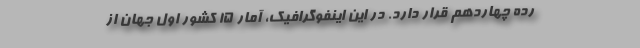
رده چهاردهم قرار دارد. در این اینفوگرافیک، آمار ۱۵ کشور اول جهان از